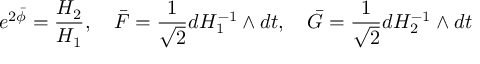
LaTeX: e ^ { 2 \bar { \phi } } = { \frac { H _ { 2 } } { H _ { 1 } } } , ~ ~ ~ \bar { F } = { \frac { 1 } { \sqrt 2 } } d H _ { 1 } ^ { - 1 } \wedge d t , ~ ~ ~ \bar { G } = { \frac { 1 } { \sqrt 2 } } d H _ { 2 } ^ { - 1 } \wedge d t